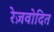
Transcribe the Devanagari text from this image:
रेज़वोदित